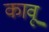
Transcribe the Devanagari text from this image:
कावू